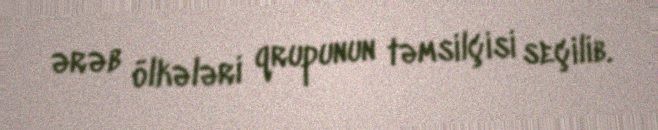
ərəb ölkələri qrupunun təmsilçisi seçilib.